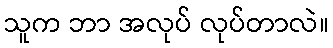
သူက ဘာ အလုပ် လုပ်တာလဲ။